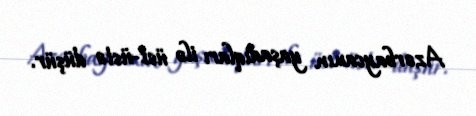
Azərbaycanın yaşadıqları ilə üst-üstə düşür.